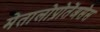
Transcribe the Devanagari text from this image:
मेतालोप्रोतेंअसेस